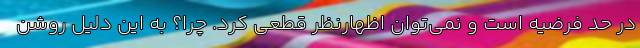
در حد فرضیه است و نمی‌توان اظهارنظر قطعی کرد. چرا؟ به این دلیل روشن